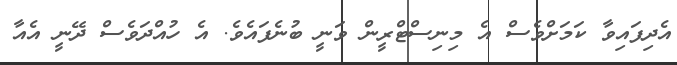
އެދިފައިވާ ކަމަށްވެސް އެ މިނިސްޓްރީން ވަނީ ބުނެފައެވެ. އެ ހުއްދަވެސް ދޭނީ އެއާ